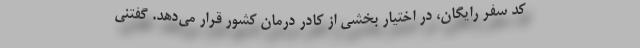
کد سفر رایگان، در اختیار بخشی از کادر درمان کشور قرار می‌دهد. گفتنی